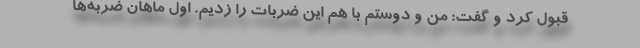
قبول کرد و گفت: من و دوستم با هم این ضربات را زدیم. اول ماهان ضربه‌ها